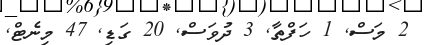
2 މަސް